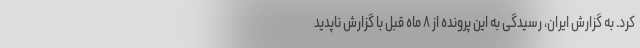
کرد. به گزارش ایران، رسیدگی به این پرونده از ۸ ماه قبل با گزارش ناپدید